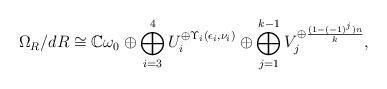
LaTeX: \begin{align*}\Omega_R/dR \cong \mathbb{C}\omega_0 \oplus \bigoplus_{i=3}^{4} U_i^{\oplus \Upsilon_i(\epsilon_i, \nu_i)} \oplus \bigoplus_{j=1}^{k-1} V_j^{\oplus \frac{(1-(-1)^j)n}{k}}, \end{align*}